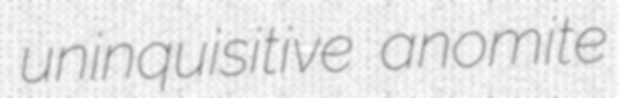
uninquisitive anomite